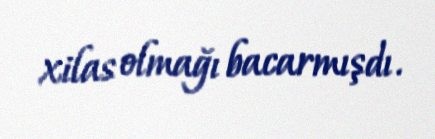
xilas olmağı bacarmışdı.